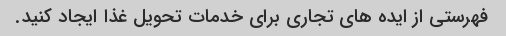
فهرستی از ایده های تجاری برای خدمات تحویل غذا ایجاد کنید.